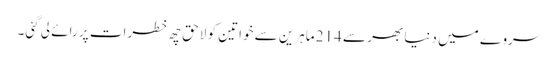
سروے میں دنیا بھر سے 214 ماہرین سے خواتین کو لاحق چھ خطرات پر رائے لی گئی۔